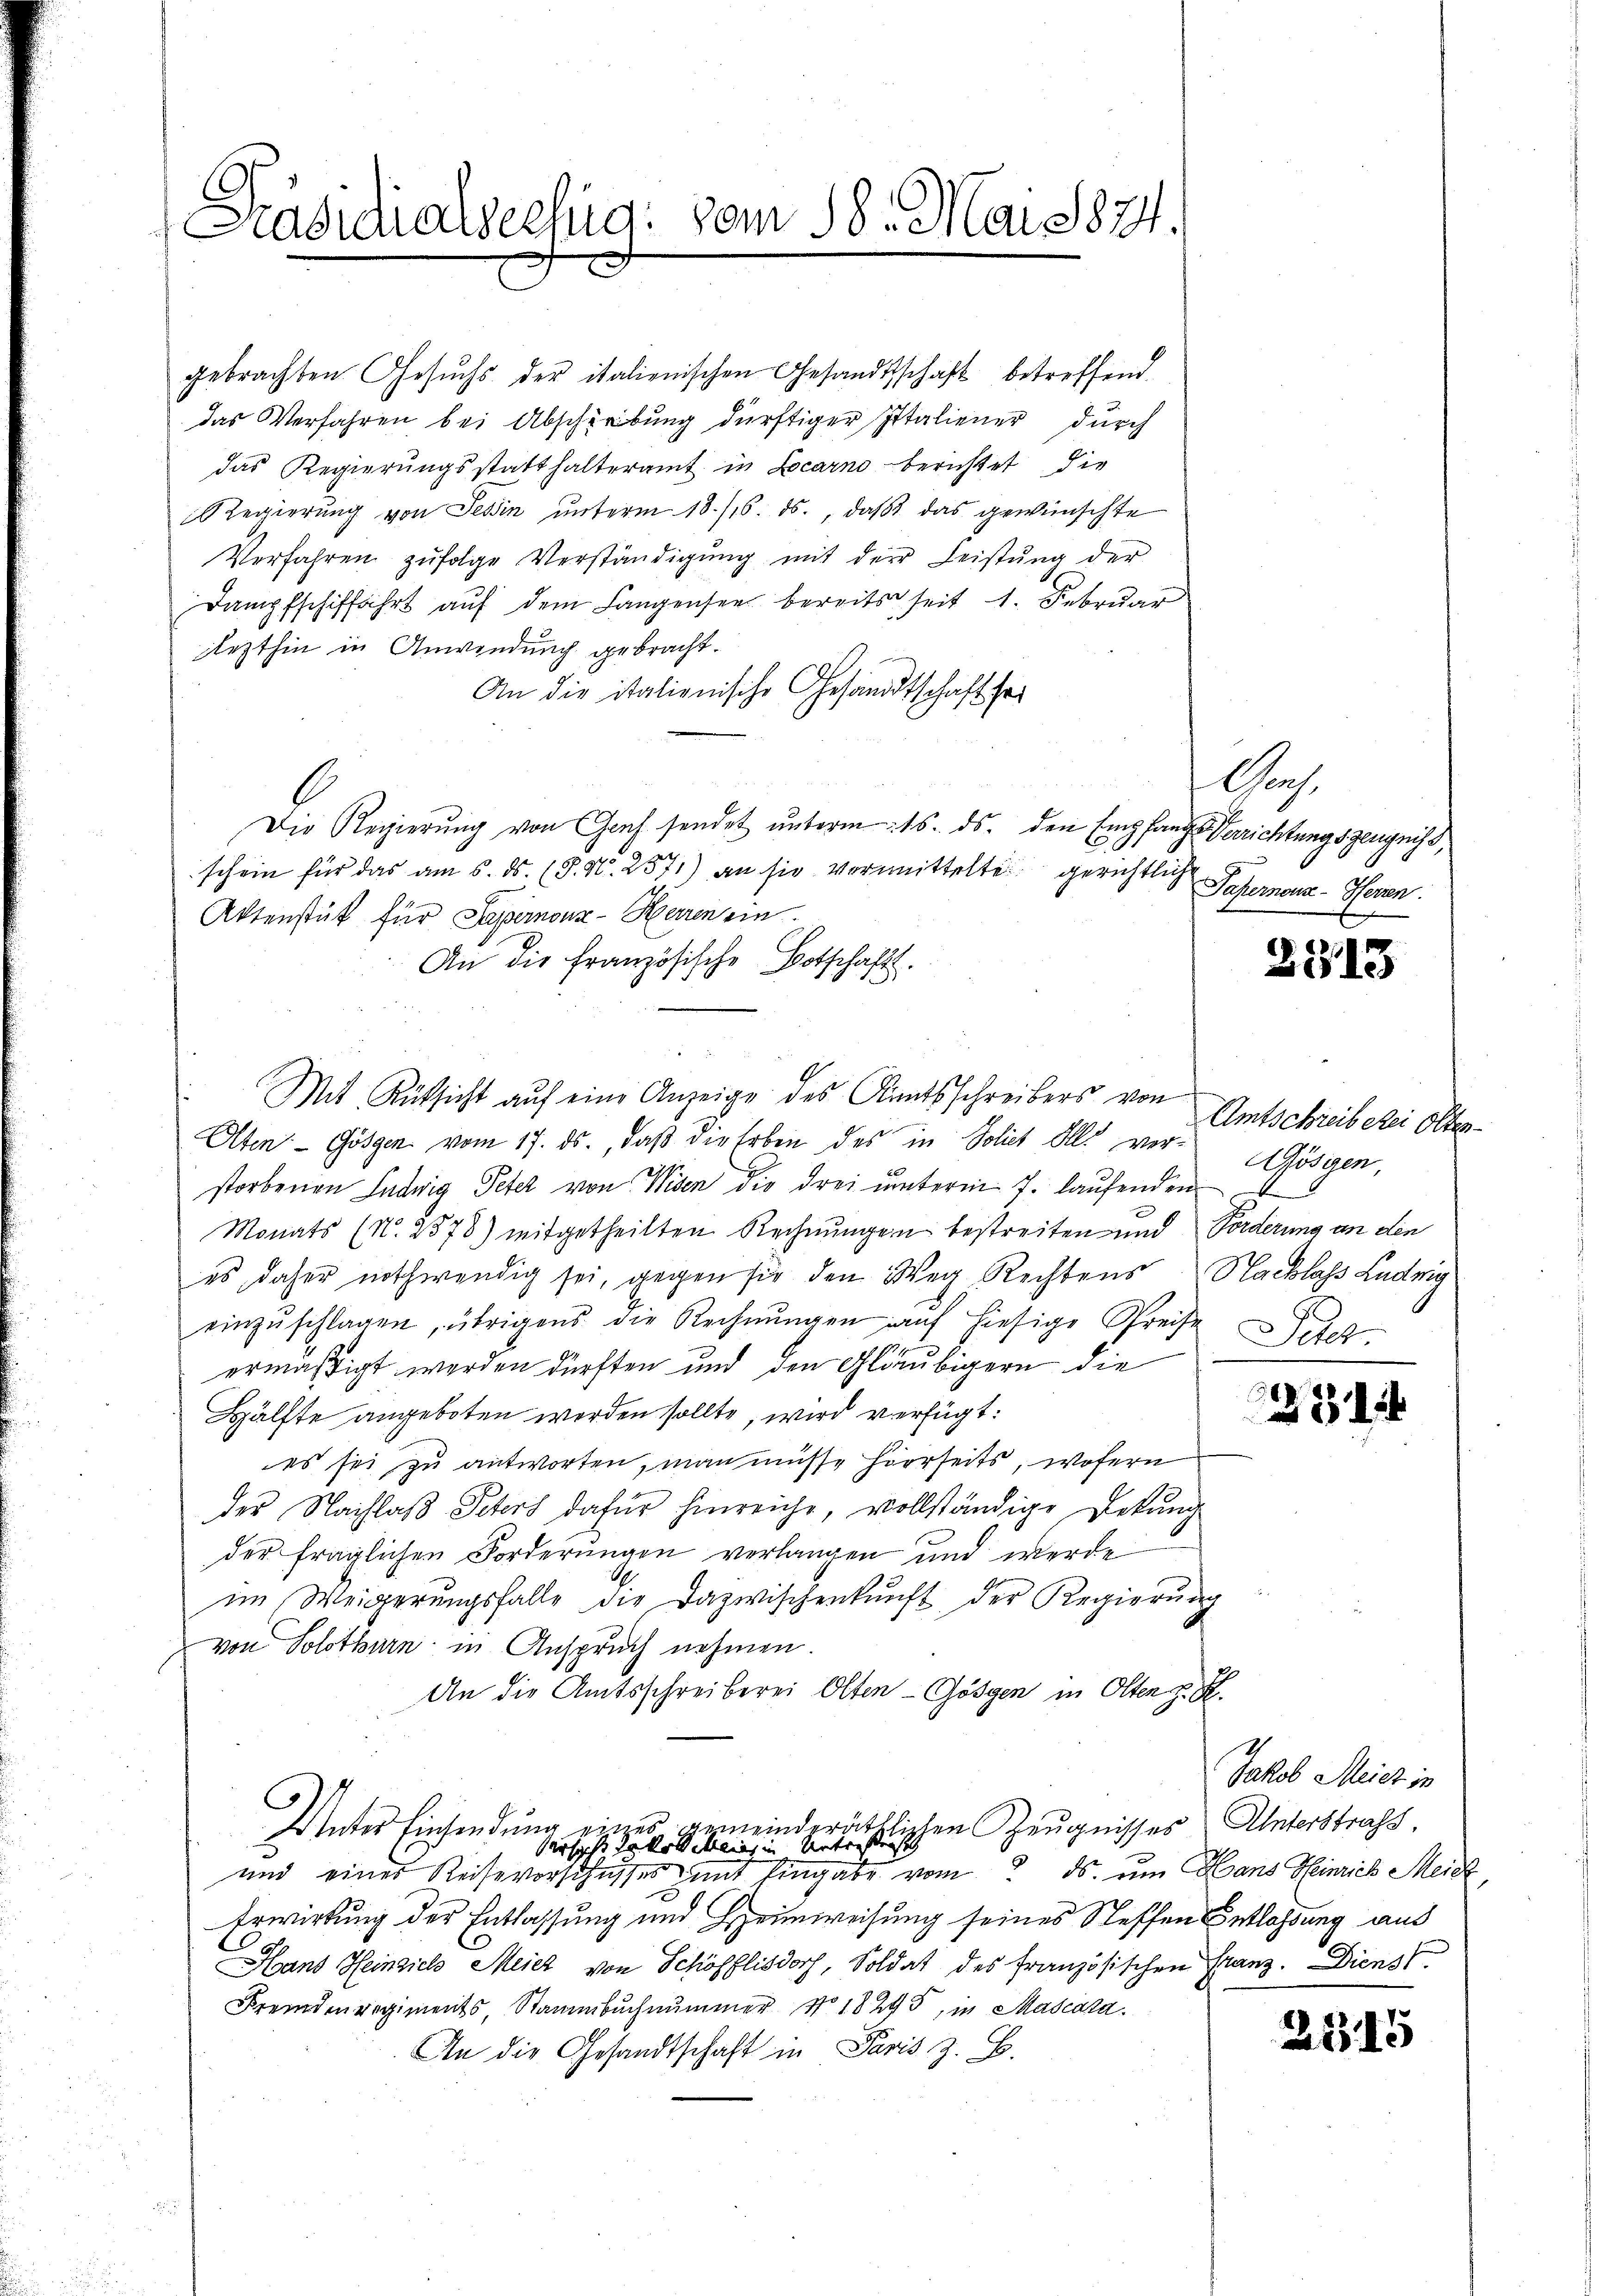
Präsidialseelig: vom 18. Mai 1874.

gebrachten Gesŭchs der italienischen Gesandtschaft betreffend
das Verfahren bei Abschreibung dürftiger Italiener durch
das Regierungsstatthalteramt in Locarno berichtet die
Regierung von Tessin unterm 18./16. ds., daß das gewünschte
Verfahren zŭfolge Verständigŭng mit der Leistŭng der
Dampfschiffahrt auf dem Langensee bereits seit 1. Februar
lezthin in Anwendung gebracht.
An die italionische Gesandtschaft sei
Die Regierung von Graf sendet unterm 16. ds. den Empfangs Verrichtungszeugniss,
schein für das am 5. ds. (T. N. 2571) an sie vermittelte gerichtlich Paperona - Heren.
Aktenstück für Sapernon-Herren ein.
An die französische Botschafts-
Olten Gösgen vom 17. ds., daß die Erben des in Policet Ills verstorbenen Ludwig Peter von Widen die drei unterm 7. laufenden
Monats (N. 2578) mitgetheilten Rechnungen bestreiten und Forderung an den
es daher nothwendig sei, gegen sie den Weg Rechtens Nachlass Ludwig
einzŭschlagen, übrigens die Rechnŭngen auf hiesige Preise
ermäßigt werden dürften und den Gläubigern die
Hälfte angeboten werden sollte, wird verfügt:
es sei zu antworten, man müsse hierseits, wofern
der Nachlaß Peters dafür hinreiche, vollständige Dekung
der fraglichen Forderungen verlangen und werde
im Weigerŭngsfalle die Dazwischenkunft der Regierŭng
von Solothurn in Anspruch nehmen.
An die Amtsschreiberei Olten - Gösgen in Olten z. B.
Unter Einsendung eines gemeinderäthlichen Zeugnisses Unterstrafs
2
Versieht da koll allier in Unterstrasse
und einer Reise vorschusses mit Eingabe vom 2. ds. um Hans Heinrich Meie
Erwirkung der Entlassung und Heimweisung seines Steffen Entlassung aus
Hans Heinsich Meier von Schöfflisdorf, Soldat des französischen Franz. Dienst
Fremdenregiments, Stammbuch nummer No. 18245, in Mascara¬
An die Gesandtschaft in Paris z. B.

Mit Rüksicht auf eine Anzeige des Amtsschreibers von

Gr.

2313

Amtschreiberei Olten
ösien,
Peter

281

a

Jakob Meier in

2545